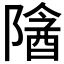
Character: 𬯖